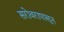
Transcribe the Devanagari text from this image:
सरोवरापासून